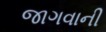
જાગવાની